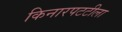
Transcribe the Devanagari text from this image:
किनारपटटीला